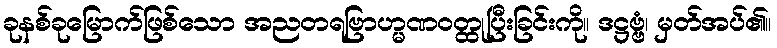
ခုနစ်ခုမြောက်ဖြစ်သော အညတရဗြာဟ္မဏဝတ္ထုပြီးခြင်းကို။ ဒဋ္ဌဗ္ဗံ၊ မှတ်အပ်၏။